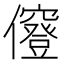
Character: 𠑅